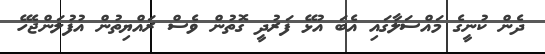
ދެން ކުނީގެ މައްސަލާގައި އެބަ އުޅޭ ފަރުދީ ގޮތުން ވެސް ރައްޔިތުން އުފުލަންޖެހޭ